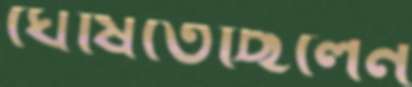
ঘেঁষিতেছিলেন